Indian journal of veterinary science and animal husbandry - Volume 6,
Year: 1936
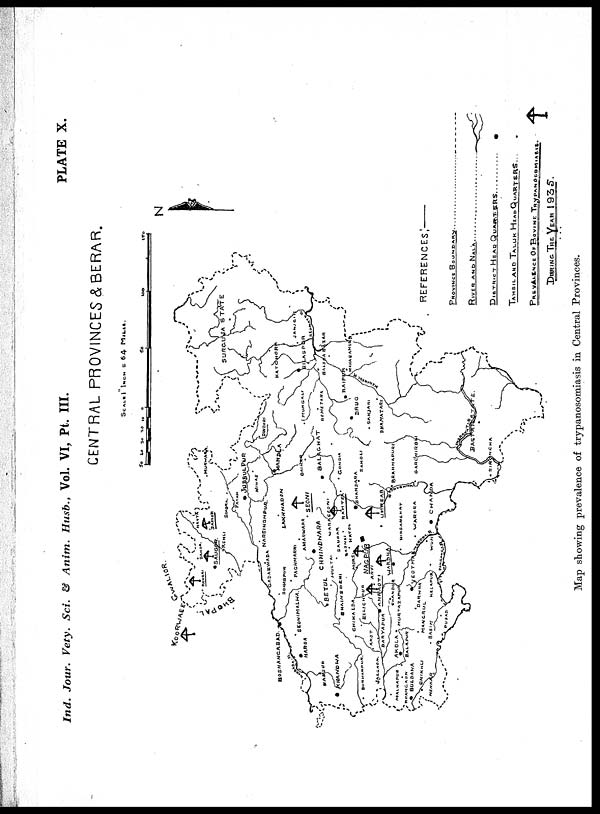
Ind. Jour. Vety. Sci. & Anim. Husb., Vol. VI, Pt. III.
PLATE X.
Map showing prevalence of trypanosomiasis in Central Provinces.